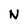
Character: N